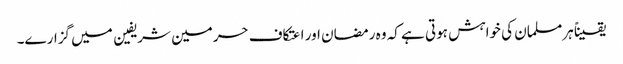
یقیناً ہرمسلمان کی خواہش ہوتی ہے کہ وہ رمضان اور اعتکاف حرمین شریفین میں گزارے۔